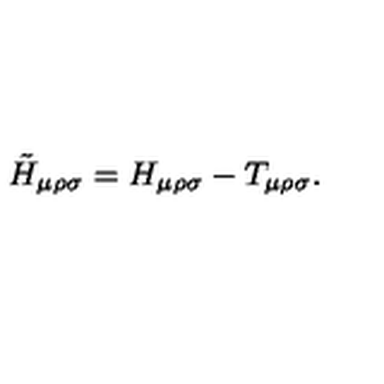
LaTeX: \tilde { H } _ { \mu \rho \sigma } = H _ { \mu \rho \sigma } - T _ { \mu \rho \sigma } .